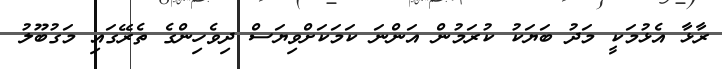
ރާޅާ އެޅުމަކީ މަދު ބަޔަކު ކުރަމުން އަންނަ ކަމަކަށްވިޔަސް ދިވެހިންގެ ތެރޭގައި މަގުބޫލު